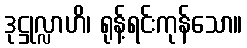
ဒုဋ္ဌုလ္လာဟိ၊ ရုန့်ရင်းကုန်သော။